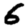
Digit: 6